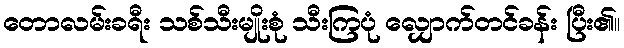
တောလမ်းခရီး သစ်သီးမျိုးစုံ သီးကြပုံ လျှောက်တင်ခန်း ပြီး၏။